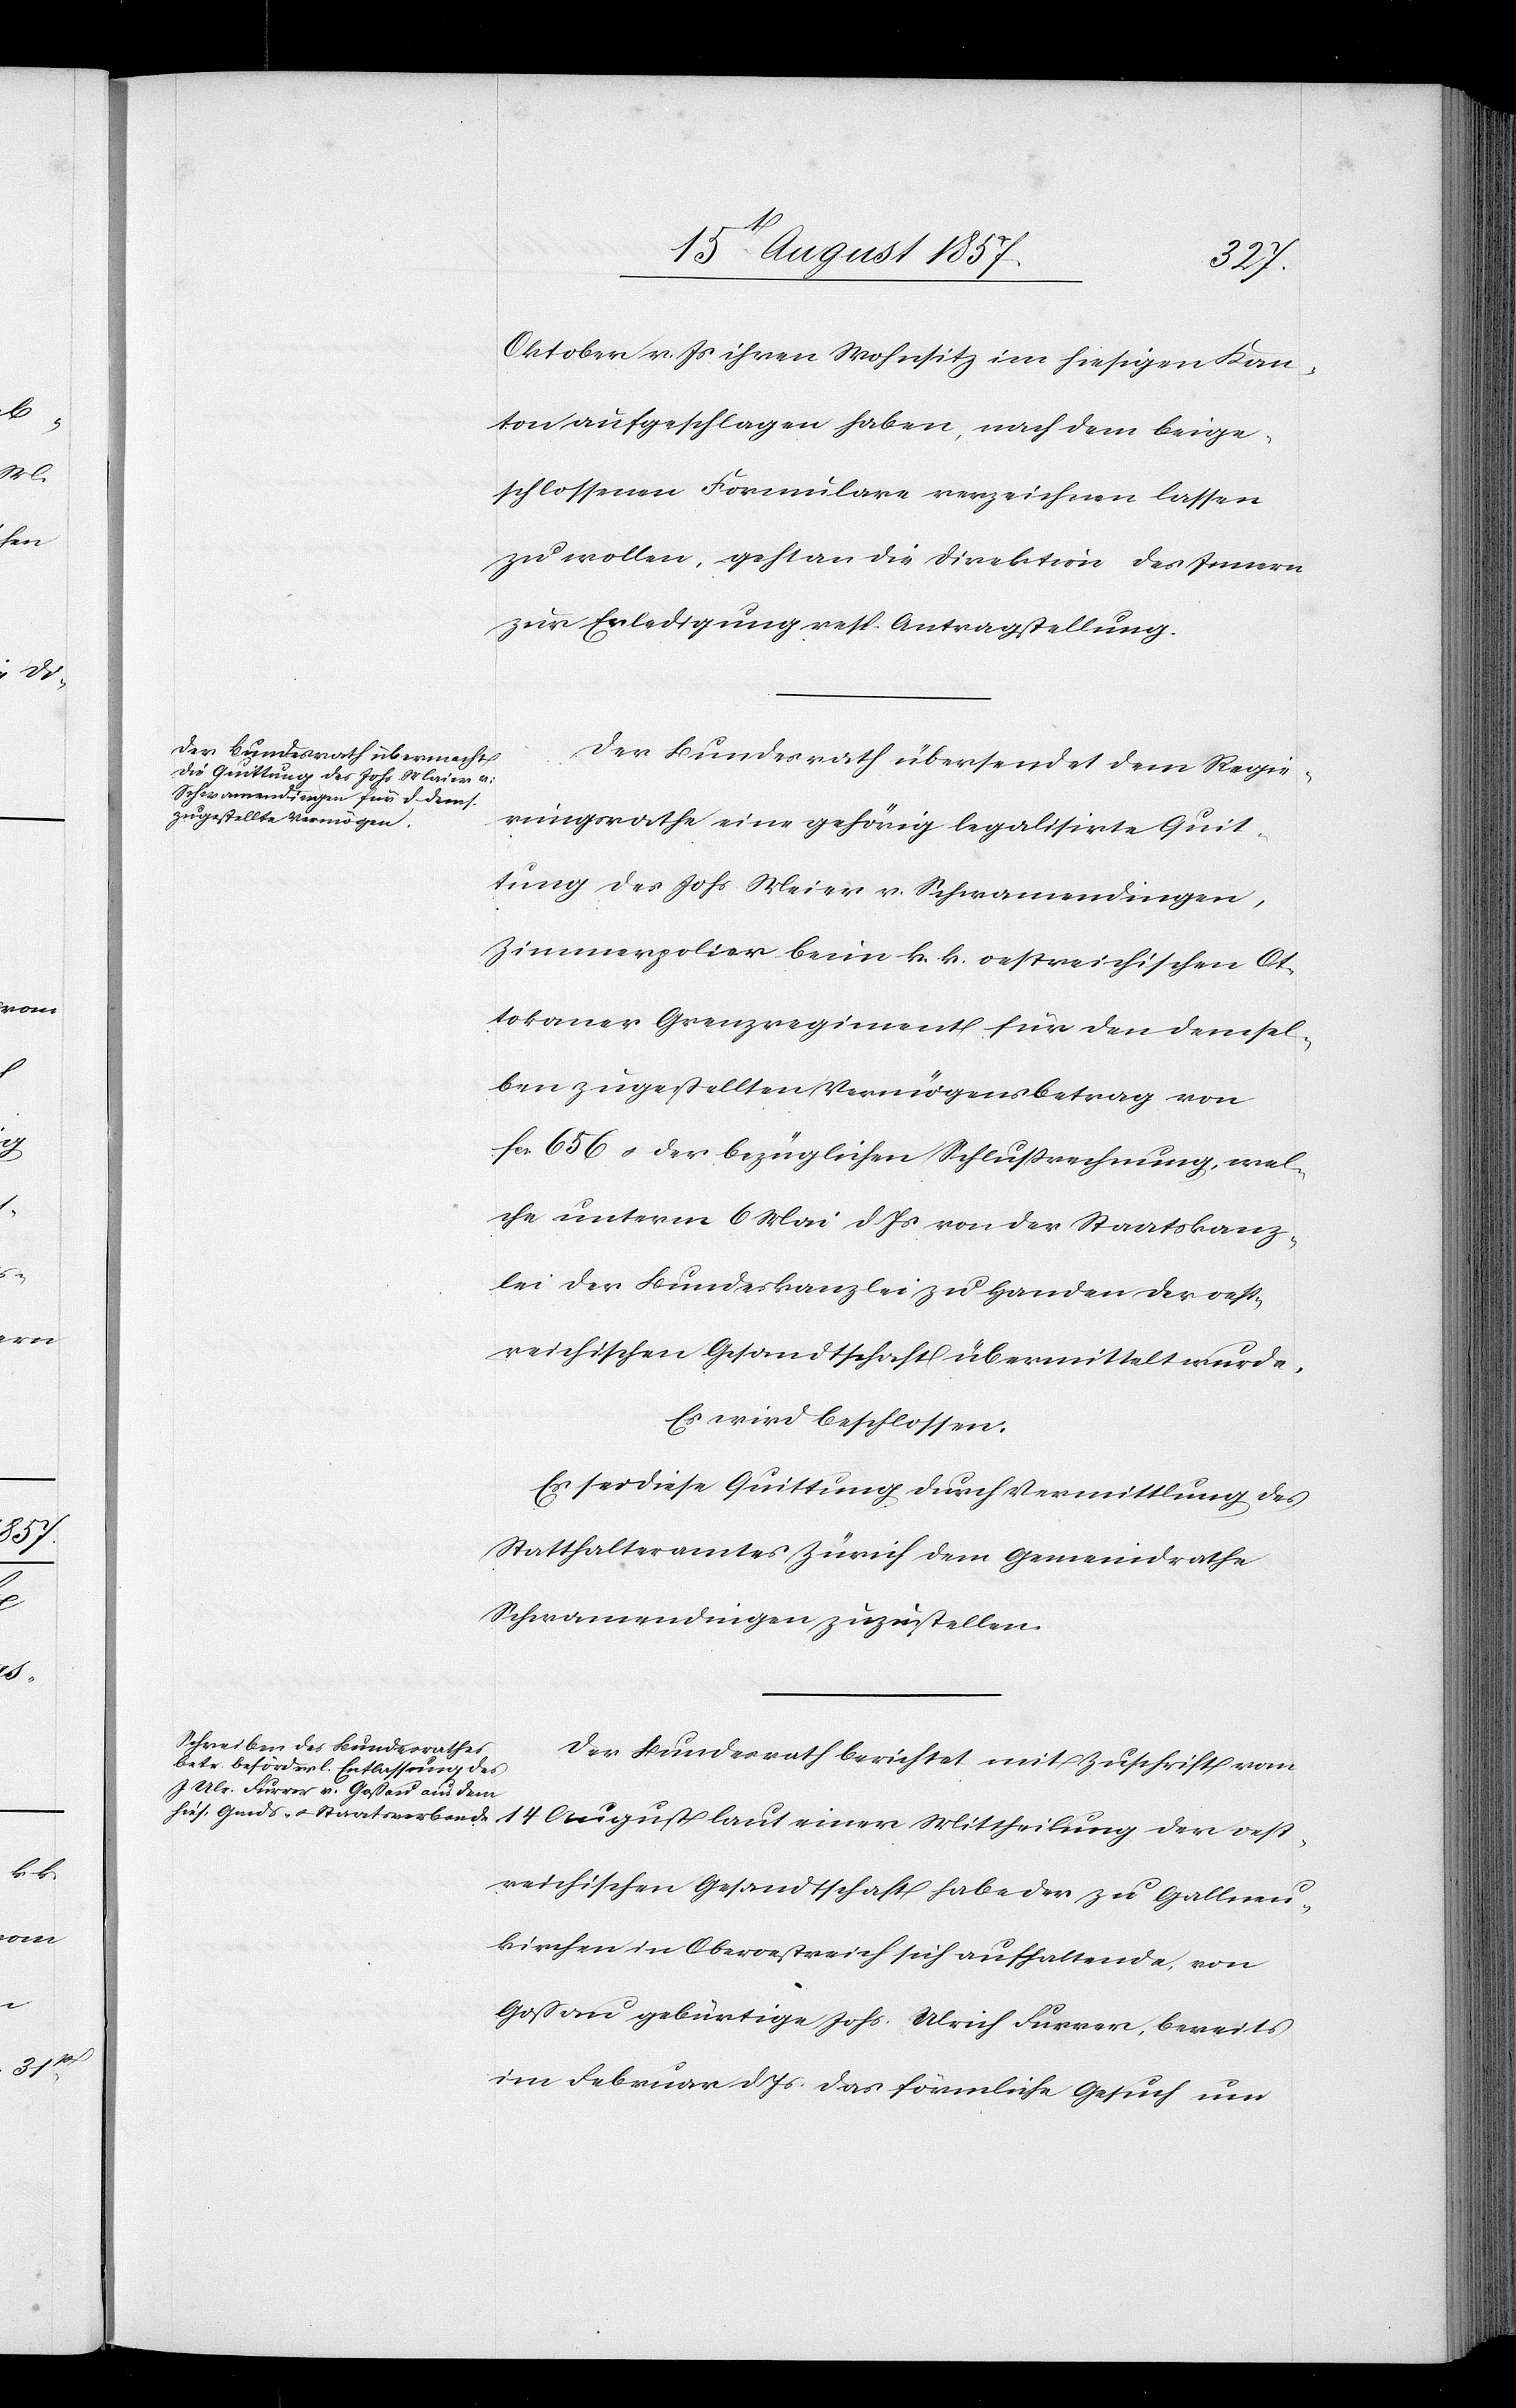
oest¬
Oktober d. Js. ihren Wohnsitz im hiesigen Kan¬
ton aufgeschlagen haben, nach dem beige¬
schlossenen Formulare verzeichnen lassen
zu wollen, geht an die Direktion des Innern
zur Erledigung resp. Antragstellung.
Der Bundesrath übersendet dem Regie¬
rungsrathe eine gehörig legalisirte Quit¬
tung des Johs. Meier v. Schwamendingen,
Zimmerpolier beim k. k. oestreichischen Ot¬
tkokaner Grenzregiment für den demsel¬
ben zugestellten Vermögensbetrag von
fcs 656 & der bezüglichen Schlußrechnung, wel¬
che unterm 6 Mai d. Js. von der Staatskanz¬
lei der Bundeskanzlei zu Handen der oest¬
reichischen Gesandtschaft übermittelt wurde.
Es wird beschlossen:
Es sei diese Quittung durch Vermittlung des
Statthalteramtes Zürich dem Gemeindrathe
Schwamendingen zuzustellen.
Der Bundesrath berichtet mit Zuschrift vom
reichischen Gesandtschaft habe der zu Gallneu¬
kirchen in Oberoestreich sich aufhaltende, von
Goßau gebürtige Johs. Ulrich Furrer, bereits
im Februar d. Js. das förmliche Gesuch um